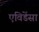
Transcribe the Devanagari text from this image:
एविडेंसा